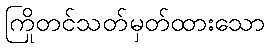
ကြိုတင်သတ်မှတ်ထားသော